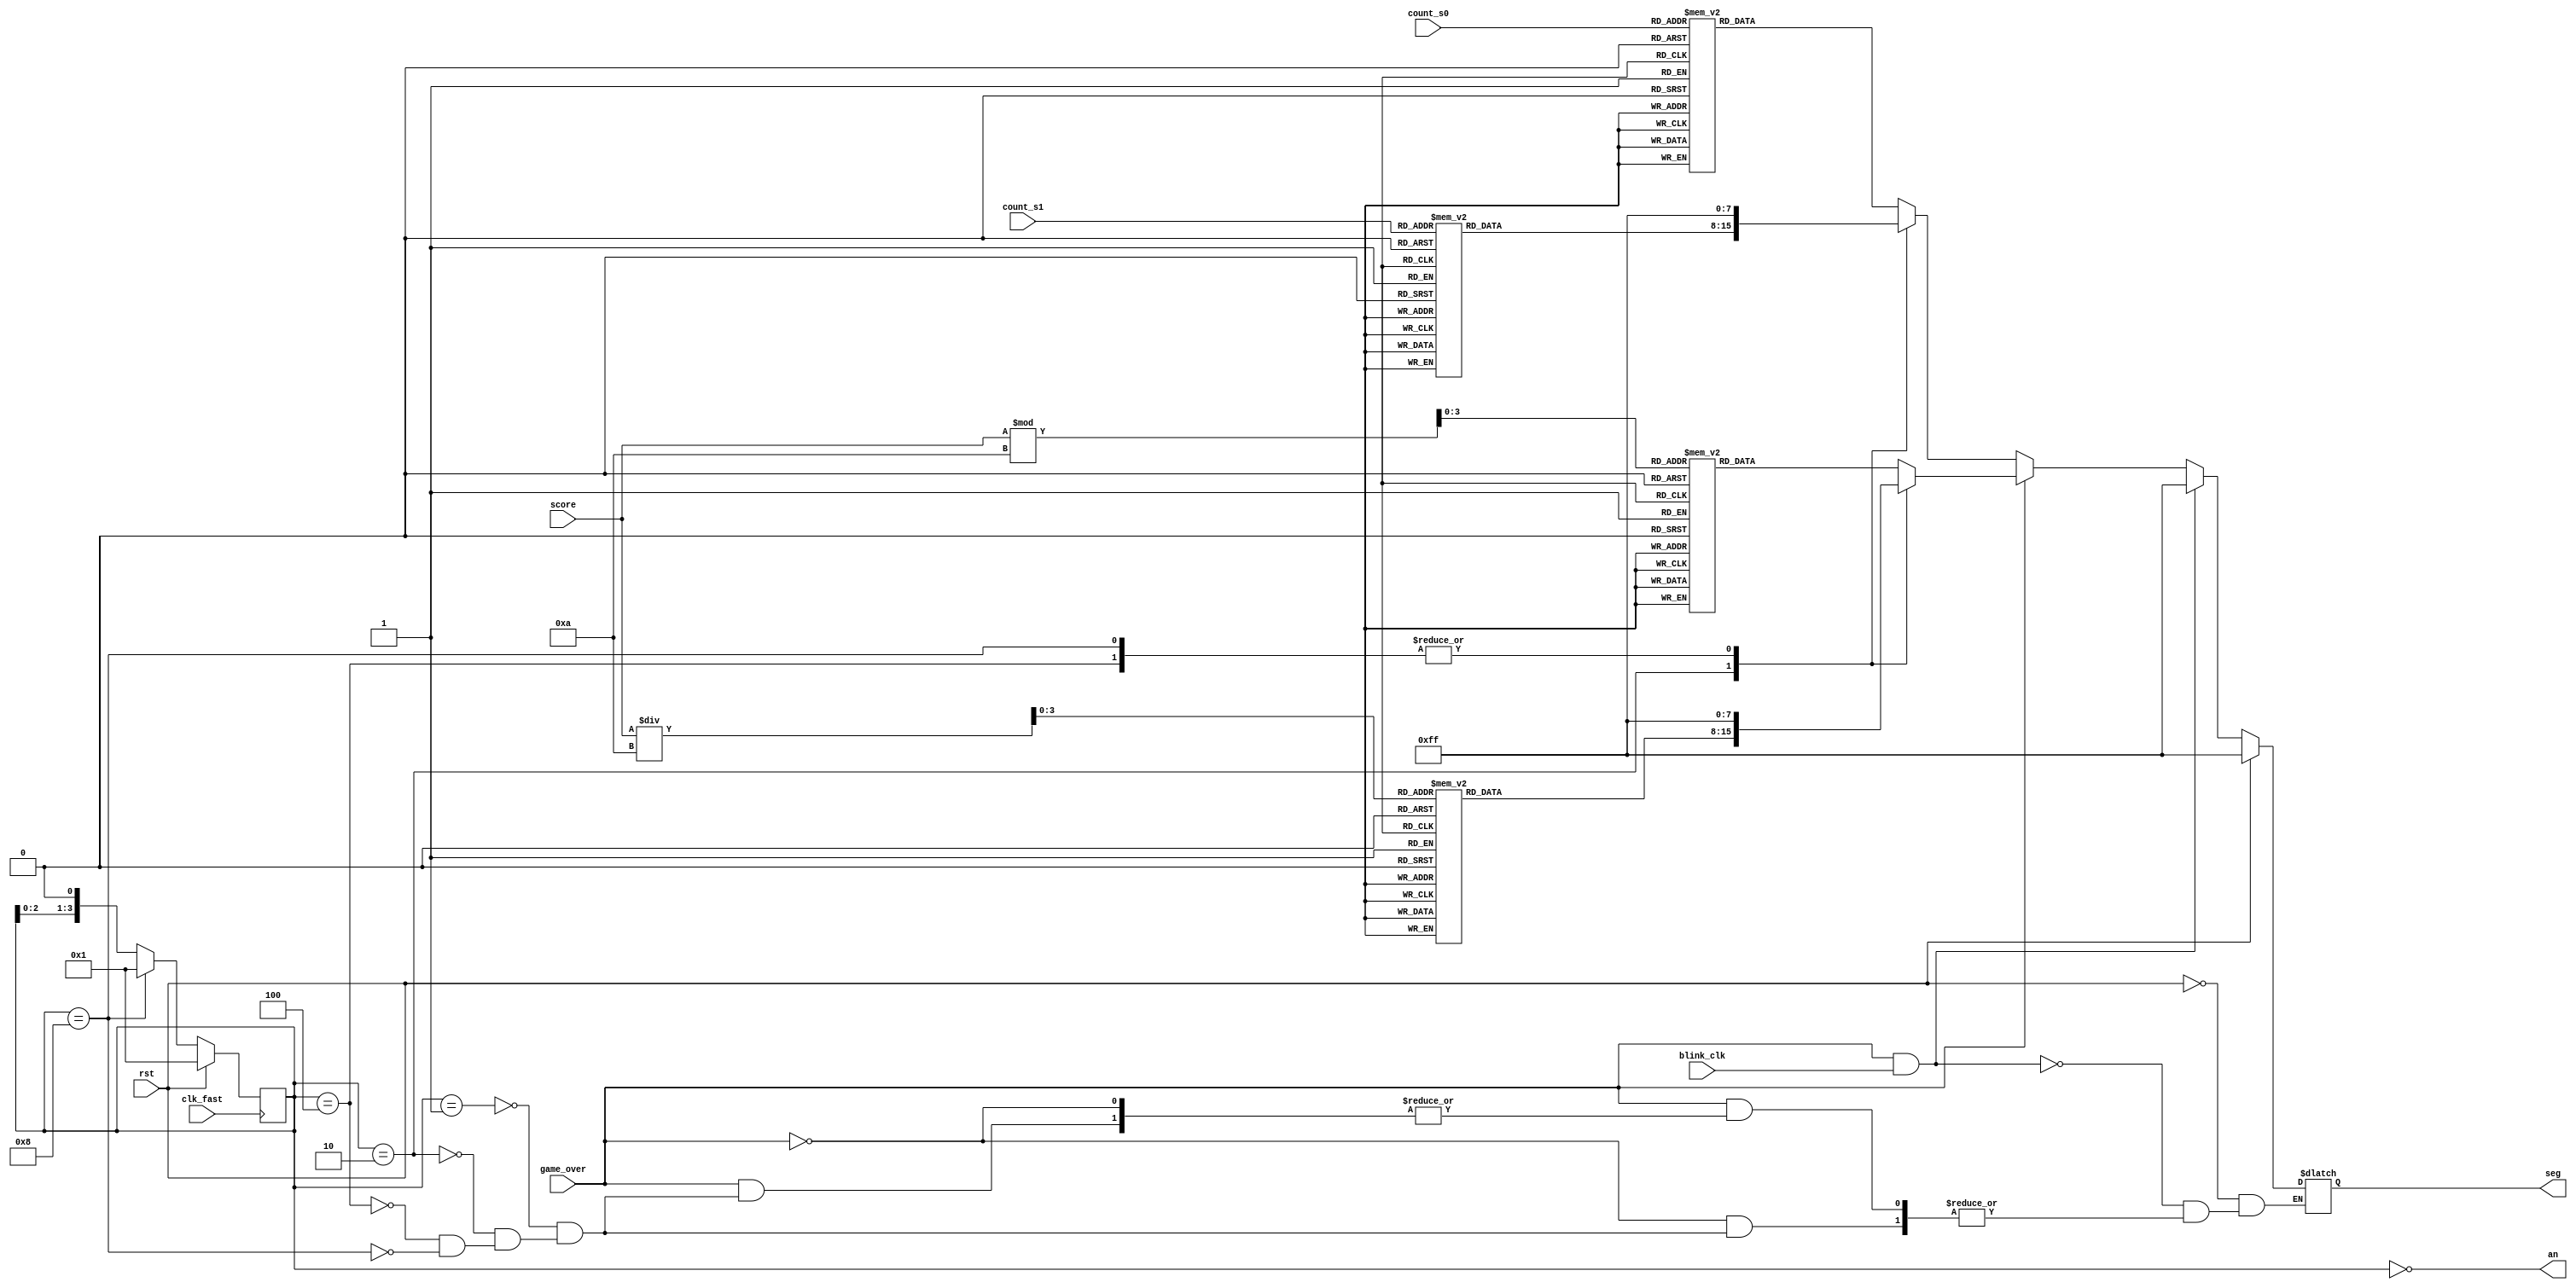
`timescale 1ns / 1ps

module ss_display(clk_fast, blink_clk, game_over, rst, score, count_s1, count_s0, seg, an);
    input clk_fast, blink_clk, rst, game_over;
    input wire [6:0] score;
	input wire [3:0] count_s1, count_s0;
    output reg [7:0] seg;   // CA thru CG + DP
    output wire [3:0] an;    // AN0 thru AN3
    reg [3:0] a;
    wire [3:0] score_1, score_2;
    
    assign score_1 = score % 10;
    assign score_2 = score / 10;

///////////////////////////////////////////////////////////////////////////
// AN cycling
///////////////////////////////////////////////////////////////////////////

    // clk == fast_clk from clock_divider.
    // 1 clk cycle == 1 digit period, so 4 clk cycles == 1 "refresh period"
    always @(posedge clk_fast) begin
        if (rst) begin
            a <= 1;
        end
        else begin
            if (a == 4'b1000) begin
                a <= 4'b0001;
            end
            else begin
                a <= a << 1;  // cycle thru each digit period
            end
        end
    end

    assign an = ~a;

///////////////////////////////////////////////////////////////////////////
// display multiplexing
///////////////////////////////////////////////////////////////////////////

    always @(a) begin
        if (rst == 1) begin
            seg <= 8'b11111111;
        end
        else if (game_over && blink_clk) begin
            seg <= 8'b11111111;
        end
        else if (game_over == 0) begin
            case (a)
                4'b0001: begin
                    case (count_s0)
                        0: begin
                            seg <= ~8'b00111111;
                        end
                        1: begin
                            seg <= ~8'b00000110;
                        end
                        2: begin
                            seg <= ~8'b01011011;
                        end
                        3: begin
                            seg <= ~8'b01001111;
                        end
                        4: begin
                            seg <= ~8'b01100110;
                        end
                        5: begin
                            seg <= ~8'b01101101;
                        end
                        6: begin
                            seg <= ~8'b01111101;
                        end
                        7: begin
                            seg <= ~8'b00000111;
                        end
                        8: begin
                            seg <= ~8'b01111111;
                        end
                        9: begin
                            seg <= ~8'b01100111;
                        end
                        default: begin
                            seg <= 8'b11111111;
                        end
                    endcase
                end
                4'b0010: begin
                    case (count_s1)
                        0: begin
                            seg <= ~8'b00111111;
                        end
                        1: begin
                            seg <= ~8'b00000110;
                        end
                        2: begin
                            seg <= ~8'b01011011;
                        end
                        3: begin
                            seg <= ~8'b01001111;
                        end
                        4: begin
                            seg <= ~8'b01100110;
                        end
                        5: begin
                            seg <= ~8'b01101101;
                        end
                        6: begin
                            seg <= ~8'b01111101;
                        end
                        7: begin
                            seg <= ~8'b00000111;
                        end
                        8: begin
                            seg <= ~8'b01111111;
                        end
                        9: begin
                            seg <= ~8'b01100111;
                        end
                        default: begin
                            seg <= 8'b11111111;
                        end
                    endcase
                end
                4'b0100: begin
                    seg <= 8'b11111111;
                end
                4'b1000: begin
                    seg <= 8'b11111111;
                end
                
                default: begin
                    // something is wrong if this part gets executed
                end
            endcase
        end
        else if (game_over == 1) begin
            case (a)
                4'b0001: begin
                    case (score_1)
                        0: begin
                            seg <= ~8'b00111111;
                        end
                        1: begin
                            seg <= ~8'b00000110;
                        end
                        2: begin
                            seg <= ~8'b01011011;
                        end
                        3: begin
                            seg <= ~8'b01001111;
                        end
                        4: begin
                            seg <= ~8'b01100110;
                        end
                        5: begin
                            seg <= ~8'b01101101;
                        end
                        6: begin
                            seg <= ~8'b01111101;
                        end
                        7: begin
                            seg <= ~8'b00000111;
                        end
                        8: begin
                            seg <= ~8'b01111111;
                        end
                        9: begin
                            seg <= ~8'b01100111;
                        end
                        default: begin
                            seg <= 8'b11111111;
                        end
                    endcase
                end
                4'b0010: begin
                    case (score_2)
                        0: begin
                            seg <= ~8'b00111111;
                        end
                        1: begin
                            seg <= ~8'b00000110;
                        end
                        2: begin
                            seg <= ~8'b01011011;
                        end
                        3: begin
                            seg <= ~8'b01001111;
                        end
                        4: begin
                            seg <= ~8'b01100110;
                        end
                        5: begin
                            seg <= ~8'b01101101;
                        end
                        6: begin
                            seg <= ~8'b01111101;
                        end
                        7: begin
                            seg <= ~8'b00000111;
                        end
                        8: begin
                            seg <= ~8'b01111111;
                        end
                        9: begin
                            seg <= ~8'b01100111;
                        end
                        default: begin
                            seg <= 8'b11111111;
                        end
                    
                       endcase
                   end
                   4'b0100: begin
                        seg <= 8'b11111111;
                   end
                   4'b1000: begin
                        seg <= 8'b11111111;
                   end
            
             endcase
        end
    end
endmodule